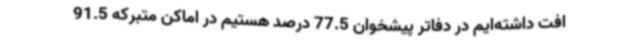
افت داشته‌ایم در دفاتر پیشخوان 77.5 درصد هستیم در اماکن متبرکه 91.5